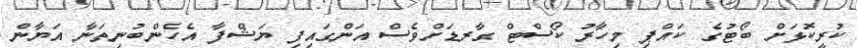
ކުރީކޮޅަށް ބޯޓުގެ ކައްޕި މިހާރު ކޯސްޓް ގާރޑަށްވެސް އަންގައިފި ޔަޝްފާ އެހެންބުނިތަނާ އަޔާން